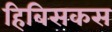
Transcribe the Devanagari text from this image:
हिबिसकस